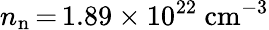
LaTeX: n_{\mathrm{n}}\, {=}\, 1.89\times 10^{22}~\mathrm{cm^{-3}}